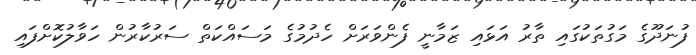
ފުނަދޫގެ މަގުތަކުގައި ތާރު އަޅައި ޒަމާނީ ފެންވަރަށް ހެދުމުގެ މަސައްކަތް ސަރުކާރުން ހަވާލުކޮށްފައި